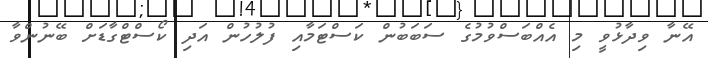
އޭނާ ވިދާޅުވީ މި އެއްބަސްވުމުގެ ސަބަބުން ކަސްޓަމާއި ފުލުހުން އަދި ކޯސްޓްގާޑަށް ބޭނުންވާ